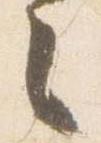
々